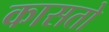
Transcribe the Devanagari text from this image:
कासतो